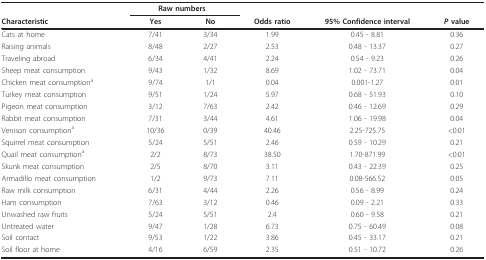
|  | <COLSPAN=2> Raw numbers |  |  |  |
 | Characteristic | Yes | No | Odds ratio | 95% Confidence interval | P value |
 | --- | --- | --- | --- | --- | --- |
 | Cats at home | 7/41 | 3/34 | 1.99 | 0.45 - 8.81 | 0.36 |
 | Raising animals | 8/48 | 2/27 | 2.53 | 0.48 - 13.37 | 0.27 |
 | Traveling abroad | 6/34 | 4/41 | 2.24 | 0.54 - 9.23 | 0.26 |
 | Sheep meat consumption | 9/43 | 1/32 | 8.69 | 1.02 - 73.71 | 0.04 |
 | Chicken meat consumptiona | 9/74 | 1/1 | 0.04 | 0.001-1.27 | 0.01 |
 | Turkey meat consumption | 9/51 | 1/24 | 5.97 | 0.68 - 51.93 | 0.10 |
 | Pigeon meat consumption | 3/12 | 7/63 | 2.42 | 0.46 - 12.69 | 0.29 |
 | Rabbit meat consumption | 7/31 | 3/44 | 4.61 | 1.06 - 19.98 | 0.04 |
 | Venison consumptiona | 10/36 | 0/39 | 40.46 | 2.25-725.75 | <0.01 |
 | Squirrel meat consumption | 5/24 | 5/51 | 2.46 | 0.59 - 10.29 | 0.21 |
 | Quail meat consumptiona | 2/2 | 8/73 | 38.50 | 1.70-871.99 | <0.01 |
 | Skunk meat consumption | 2/5 | 8/70 | 3.11 | 0.43 - 22.39 | 0.25 |
 | Armadillo meat consumption | 1/2 | 9/73 | 7.11 | 0.08-566.52 | 0.05 |
 | Raw milk consumption | 6/31 | 4/44 | 2.26 | 0.56 - 8.99 | 0.24 |
 | Ham consumption | 7/63 | 3/12 | 0.46 | 0.09 - 2.21 | 0.33 |
 | Unwashed raw fruits | 5/24 | 5/51 | 2.4 | 0.60 - 9.58 | 0.21 |
 | Untreated water | 9/47 | 1/28 | 6.73 | 0.75 - 60.49 | 0.08 |
 | Soil contact | 9/53 | 1/22 | 3.86 | 0.45 - 33.17 | 0.21 |
 | Soil floor at home | 4/16 | 6/59 | 2.35 | 0.51 - 10.72 | 0.26 |